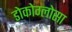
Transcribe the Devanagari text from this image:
डोकोग्लोसा